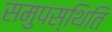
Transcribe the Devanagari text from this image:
समुपस्थिति